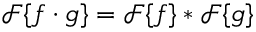
{ \mathcal { F } } \{ f \cdot g \} = { \mathcal { F } } \{ f \} * { \mathcal { F } } \{ g \}